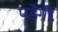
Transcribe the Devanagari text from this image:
पडे़गी